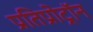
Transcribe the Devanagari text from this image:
प्रतिप्रोट्रॉन